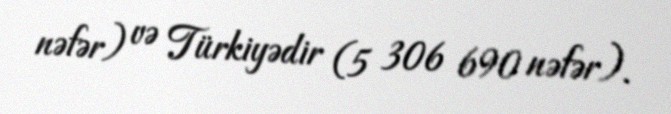
nəfər) və Türkiyədir (5 306 690 nəfər).